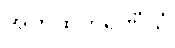
အတိထိကရဏီယံ